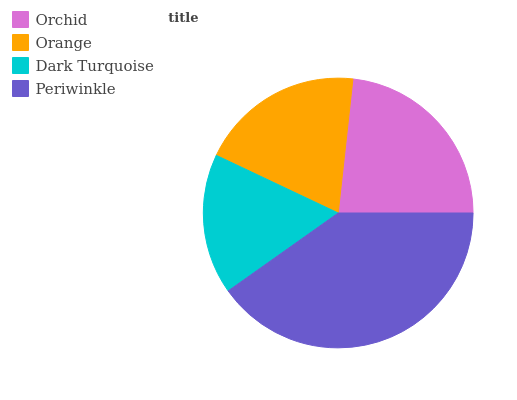
| Orchid | Orange | Dark Turquoise | Periwinkle |
 | --- | --- | --- | --- |
 | 23.2% | 19.7% | 16.9% | 40.2% |